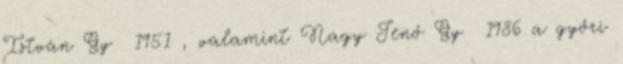
István Gy 1951 , valamint Nagy Jenő Gy 1986 a győri